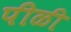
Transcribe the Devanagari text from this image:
पीळी